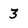
Character: 3